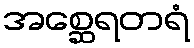
အစ္ဆေရတရံ